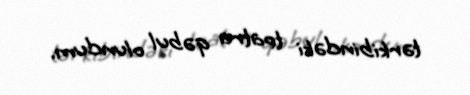
tərkibindəki teatra qəbul olundum.